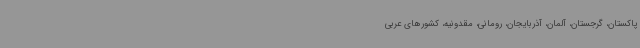
پاکستان، گرجستان، آلمان، آذربایجان، رومانی، مقدونیه، کشورهای عربی